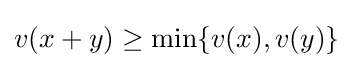
v(x+y)\geq \min\{v(x),v(y)\}